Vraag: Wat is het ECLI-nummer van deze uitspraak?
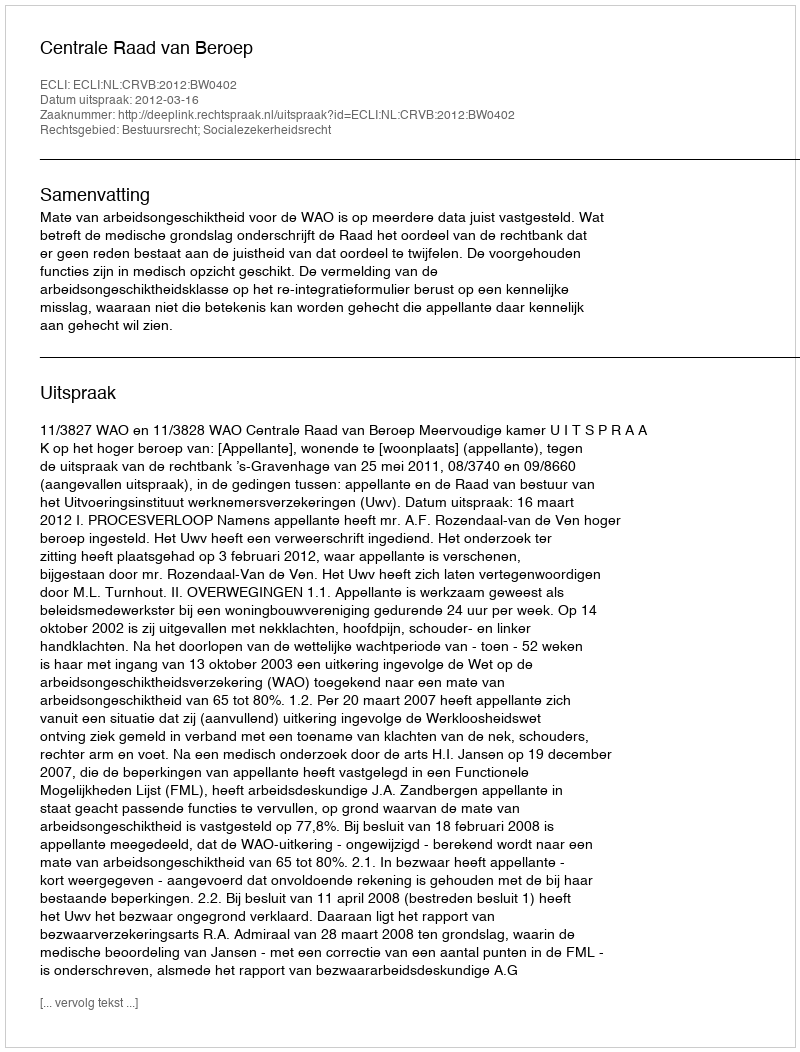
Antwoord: ECLI:NL:CRVB:2012:BW0402